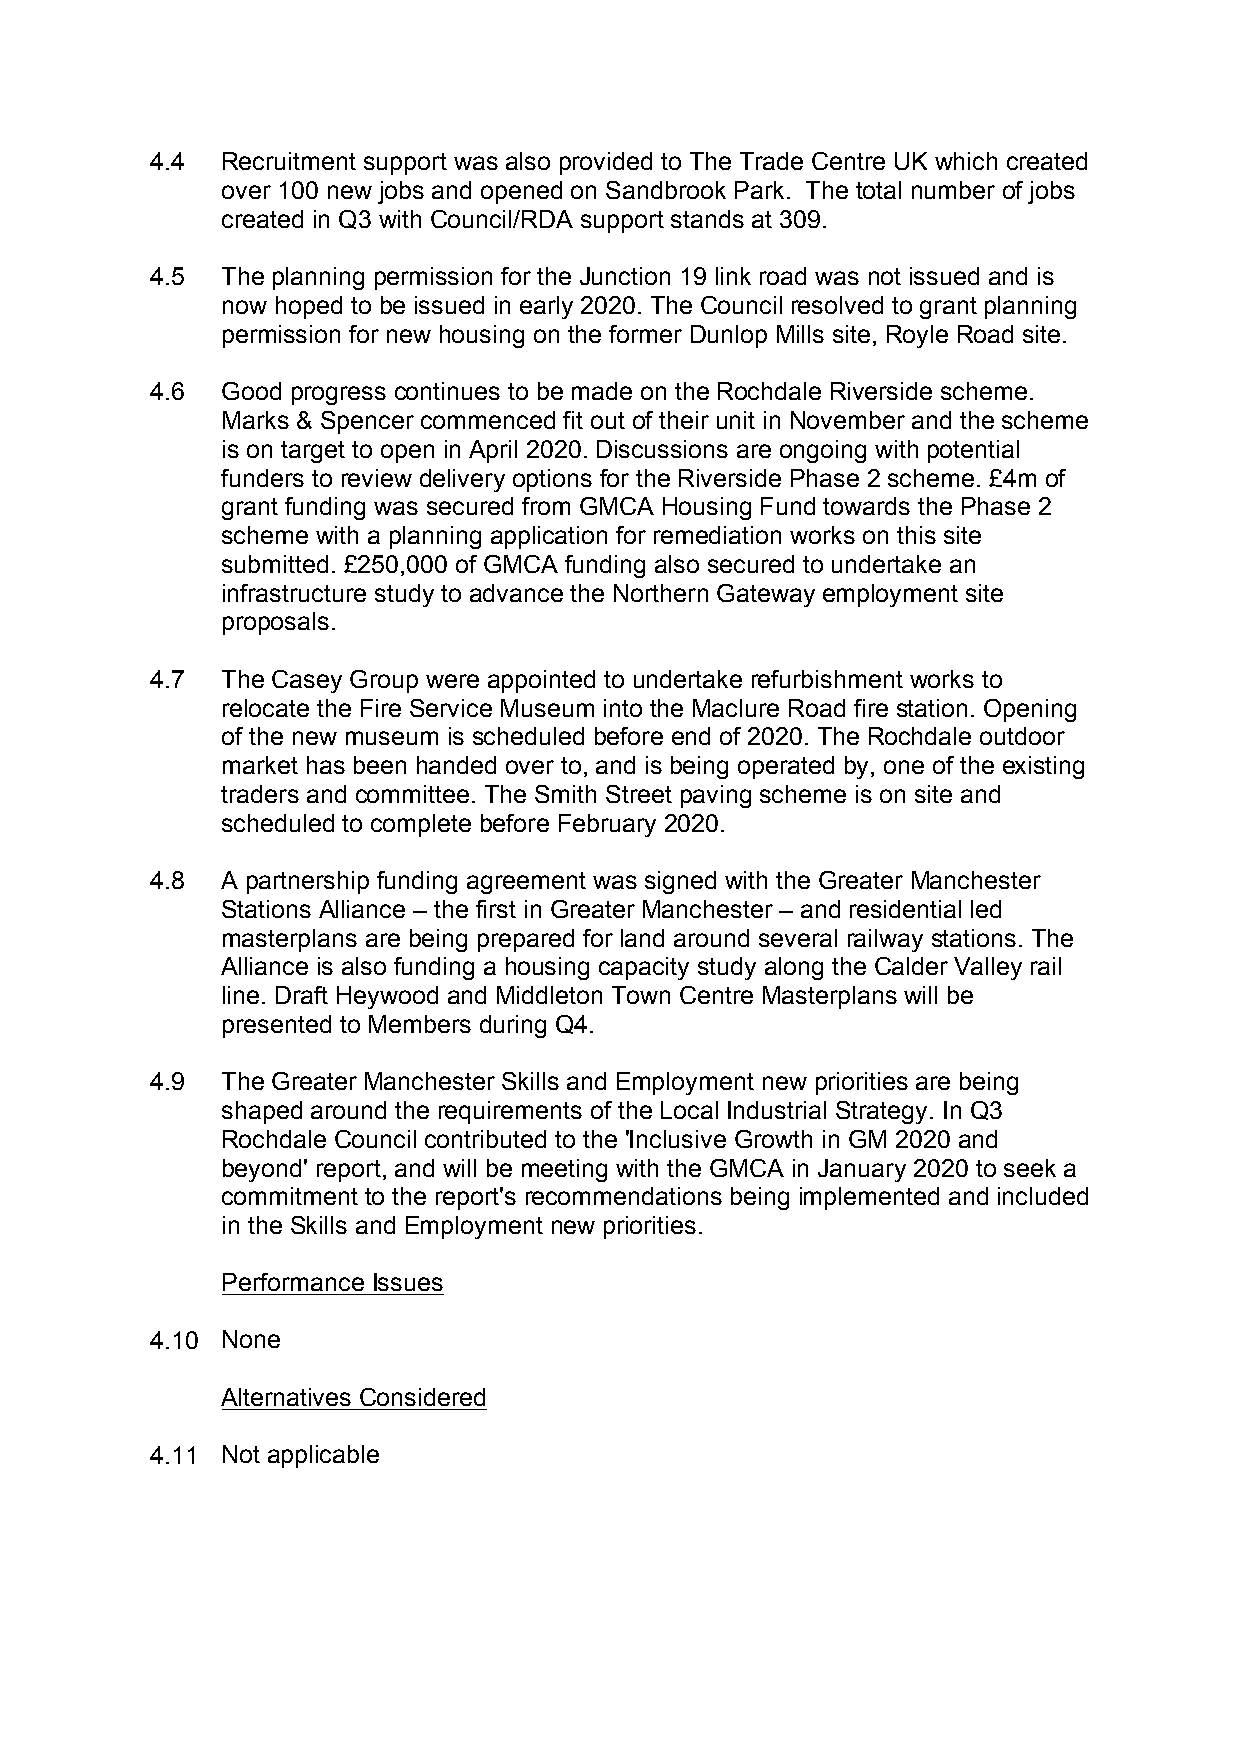
4.4  Recruitment support was also provided to The Trade Centre UK which created
 over 100 new jobs and opened on Sandbrook Park. The total number of jobs
 created in Q3 with Council/RDA support stands at 309.
 4.5  The planning permission for the Junction 19 link road was not issued and is
 now hoped to be issued in early 2020. The Council resolved to grant planning
 permission for new housing on the former Dunlop Mills site, Royle Road site.
 4.6  Good progress continues to be made on the Rochdale Riverside scheme.
 Marks & Spencer commenced fit out of their unit in November and the scheme
 is on target to open in April 2020. Discussions are ongoing with potential
 funders to review delivery options for the Riverside Phase 2 scheme. £4m of
 grant funding was secured from GMCA Housing Fund towards the Phase 2
 scheme with a planning application for remediation works on this site
 submitted. £250,000 of GMCA funding also secured to undertake an
 infrastructure study to advance the Northern Gateway employment site
 proposals.
 4.7  The Casey Group were appointed to undertake refurbishment works to
 relocate the Fire Service Museum into the Maclure Road fire station. Opening
 of the new museum is scheduled before end of 2020. The Rochdale outdoor
 market has been handed over to, and is being operated by, one of the existing
 traders and committee. The Smith Street paving scheme is on site and
 scheduled to complete before February 2020.
 4.8  A partnership funding agreement was signed with the Greater Manchester
 Stations Alliance – the first in Greater Manchester – and residential led
 masterplans are being prepared for land around several railway stations. The
 Alliance is also funding a housing capacity study along the Calder Valley rail
 line. Draft Heywood and Middleton Town Centre Masterplans will be
 presented to Members during Q4.
 4.9  The Greater Manchester Skills and Employment new priorities are being
 shaped around the requirements of the Local Industrial Strategy. In Q3
 Rochdale Council contributed to the 'Inclusive Growth in GM 2020 and
 beyond' report, and will be meeting with the GMCA in January 2020 to seek a
 commitment to the report's recommendations being implemented and included
 in the Skills and Employment new priorities.
 Performance Issues
 4.10 None
 Alternatives Considered
 4.11 Not applicable